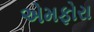
એમફોરા